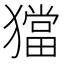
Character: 𤢎